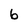
Character: 6